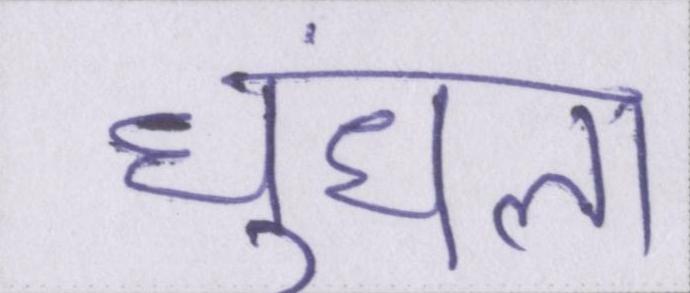
धुंधला